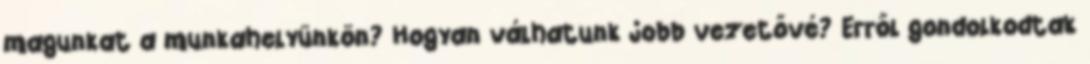
magunkat a munkahelyünkön? Hogyan válhatunk jobb vezetővé? Erről gondolkodtak